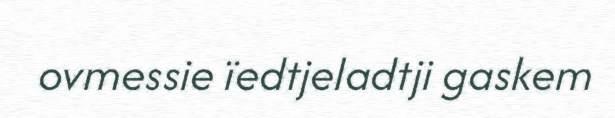
ovmessie ïedtjeladtji gaskem